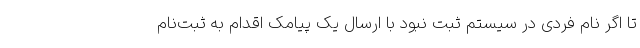
تا اگر نام فردی در سیستم ثبت نبود با ارسال یک پیامک اقدام به ثبت‌نام